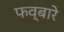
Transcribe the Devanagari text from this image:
फव्‍बारे